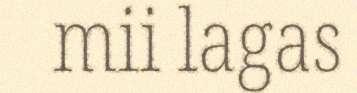
mii lagas